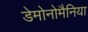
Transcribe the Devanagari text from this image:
डेमोनोमैनिया